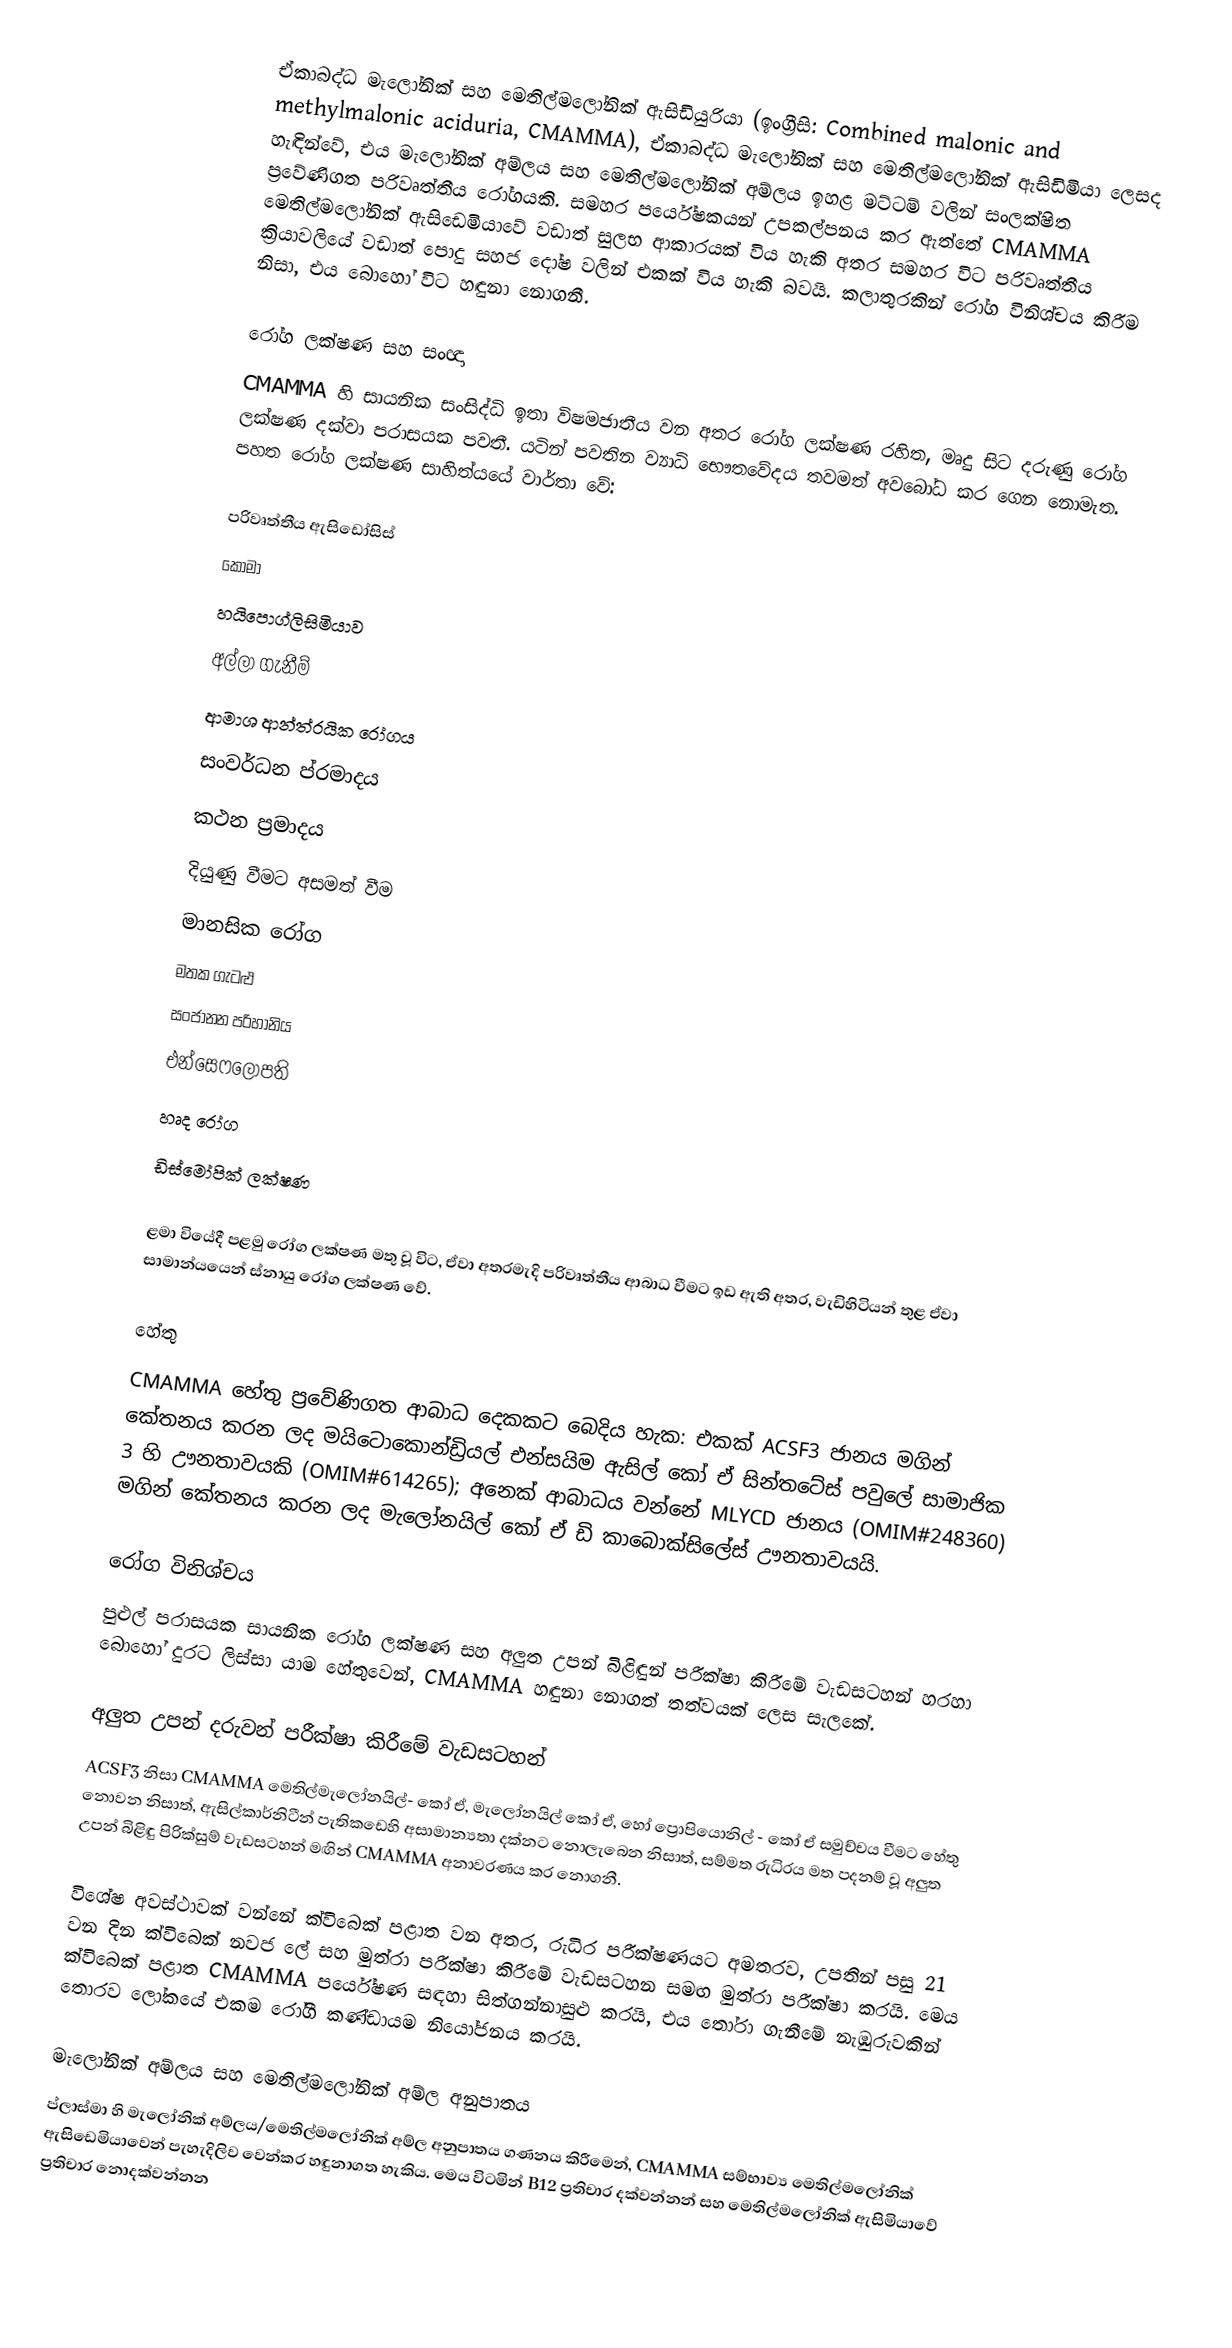
ඒකාබද්ධ මැලෝනික් සහ මෙතිල්මලෝනික් ඇසිඩියුරියා  (ඉංග්‍රීසි: Combined malonic and methylmalonic aciduria, CMAMMA), ඒකාබද්ධ මැලෝනික් සහ මෙතිල්මලෝනික් ඇසිඩිමියා ලෙසද හැඳින්වේ, එය මැලෝනික් අම්ලය සහ මෙතිල්මලෝනික් අම්ලය ඉහළ මට්ටම් වලින් සංලක්ෂිත ප්‍රවේණිගත පරිවෘත්තීය රෝගයකි. සමහර පර්යේෂකයන් උපකල්පනය කර ඇත්තේ CMAMMA මෙතිල්මලෝනික් ඇසිඩෙමියාවේ වඩාත් සුලභ ආකාරයක් විය හැකි අතර සමහර විට පරිවෘත්තීය ක්‍රියාවලියේ වඩාත් පොදු සහජ දෝෂ වලින් එකක් විය හැකි බවයි. කලාතුරකින් රෝග විනිශ්චය කිරීම නිසා, එය බොහෝ විට හඳුනා නොගනී.

රෝග ලක්ෂණ සහ සංඥා
CMAMMA හි සායනික සංසිද්ධි ඉතා විෂමජාතීය වන අතර රෝග ලක්ෂණ රහිත, මෘදු සිට දරුණු රෝග ලක්ෂණ දක්වා පරාසයක පවතී. යටින් පවතින ව්‍යාධි භෞතවේදය තවමත් අවබෝධ කර ගෙන නොමැත. පහත රෝග ලක්ෂණ සාහිත්යයේ වාර්තා වේ:

 පරිවෘත්තීය ඇසිඩෝසිස්
 කෝමා
 හයිපොග්ලිසිමියාව
 අල්ලා ගැනීම්
 ආමාශ ආන්ත්රයික රෝගය
 සංවර්ධන ප්රමාදය
 කථන ප්‍රමාදය
 දියුණු වීමට අසමත් වීම
 මානසික රෝග
 මතක ගැටළු
 සංජානන පරිහානිය
 එන්සෙෆලෝපති
 හෘද රෝග
 ඩිස්මෝපික්  ලක්ෂණ

ළමා වියේදී පළමු රෝග ලක්ෂණ මතු වූ විට, ඒවා අතරමැදි පරිවෘත්තීය ආබාධ වීමට ඉඩ ඇති අතර, වැඩිහිටියන් තුළ ඒවා සාමාන්යයෙන් ස්නායු රෝග ලක්ෂණ වේ.

හේතු
CMAMMA හේතු ප්‍රවේණිගත ආබාධ දෙකකට බෙදිය හැක: එකක් ACSF3 ජානය මගින් කේතනය කරන ලද මයිටොකොන්ඩ්‍රියල් එන්සයිම ඇසිල් කෝ ඒ සින්තටේස් පවුලේ සාමාජික 3 හි ඌනතාවයකි (OMIM#614265); අනෙක් ආබාධය වන්නේ MLYCD ජානය (OMIM#248360) මගින් කේතනය කරන ලද මැලෝනයිල්  කෝ ඒ ඩි කාබොක්සිලේස් ඌනතාවයයි.

රෝග විනිශ්චය
පුළුල් පරාසයක සායනික රෝග ලක්ෂණ සහ අලුත උපන් බිළිඳුන් පරීක්ෂා කිරීමේ වැඩසටහන් හරහා බොහෝ දුරට ලිස්සා යාම හේතුවෙන්, CMAMMA හඳුනා නොගත් තත්වයක් ලෙස සැලකේ.

අලුත උපන් දරුවන් පරීක්ෂා කිරීමේ වැඩසටහන්
ACSF3 නිසා CMAMMA මෙතිල්මැලෝනයිල්- කෝ ඒ, මැලෝනයිල්  කෝ ඒ, හෝ ප්‍රොපියොනිල් - කෝ ඒ සමුච්චය වීමට හේතු නොවන නිසාත්, ඇසිල්කාර්නිටීන් පැතිකඩෙහි අසාමාන්‍යතා දක්නට නොලැබෙන නිසාත්, සම්මත රුධිරය මත පදනම් වූ අලුත උපන් බිළිඳු පිරික්සුම් වැඩසටහන් මඟින් CMAMMA අනාවරණය කර නොගනී.

විශේෂ අවස්ථාවක් වන්නේ ක්විබෙක් පළාත වන අතර, රුධිර පරීක්ෂණයට අමතරව, උපතින් පසු 21 වන දින ක්විබෙක් නවජ ලේ සහ මුත්රා පරීක්ෂා කිරීමේ වැඩසටහන සමඟ මුත්රා පරීක්ෂා කරයි. මෙය ක්විබෙක් පළාත CMAMMA පර්යේෂණ සඳහා සිත්ගන්නාසුළු කරයි, එය තෝරා ගැනීමේ නැඹුරුවකින් තොරව ලෝකයේ එකම රෝගී කණ්ඩායම නියෝජනය කරයි.

මැලෝනික් අම්ලය සහ මෙතිල්මලෝනික් අම්ල අනුපාතය
ප්ලාස්මා හි මැලෝනික් අම්ලය/මෙතිල්මලෝනික් අම්ල අනුපාතය ගණනය කිරීමෙන්, CMAMMA සම්භාව්‍ය මෙතිල්මලෝනික් ඇසිඩෙමියාවෙන් පැහැදිලිව වෙන්කර හඳුනාගත හැකිය. මෙය විටමින් B12 ප්‍රතිචාර දක්වන්නන් සහ මෙතිල්මලෝනික් ඇසිමියාවේ ප්‍රතිචාර නොදක්වන්නන